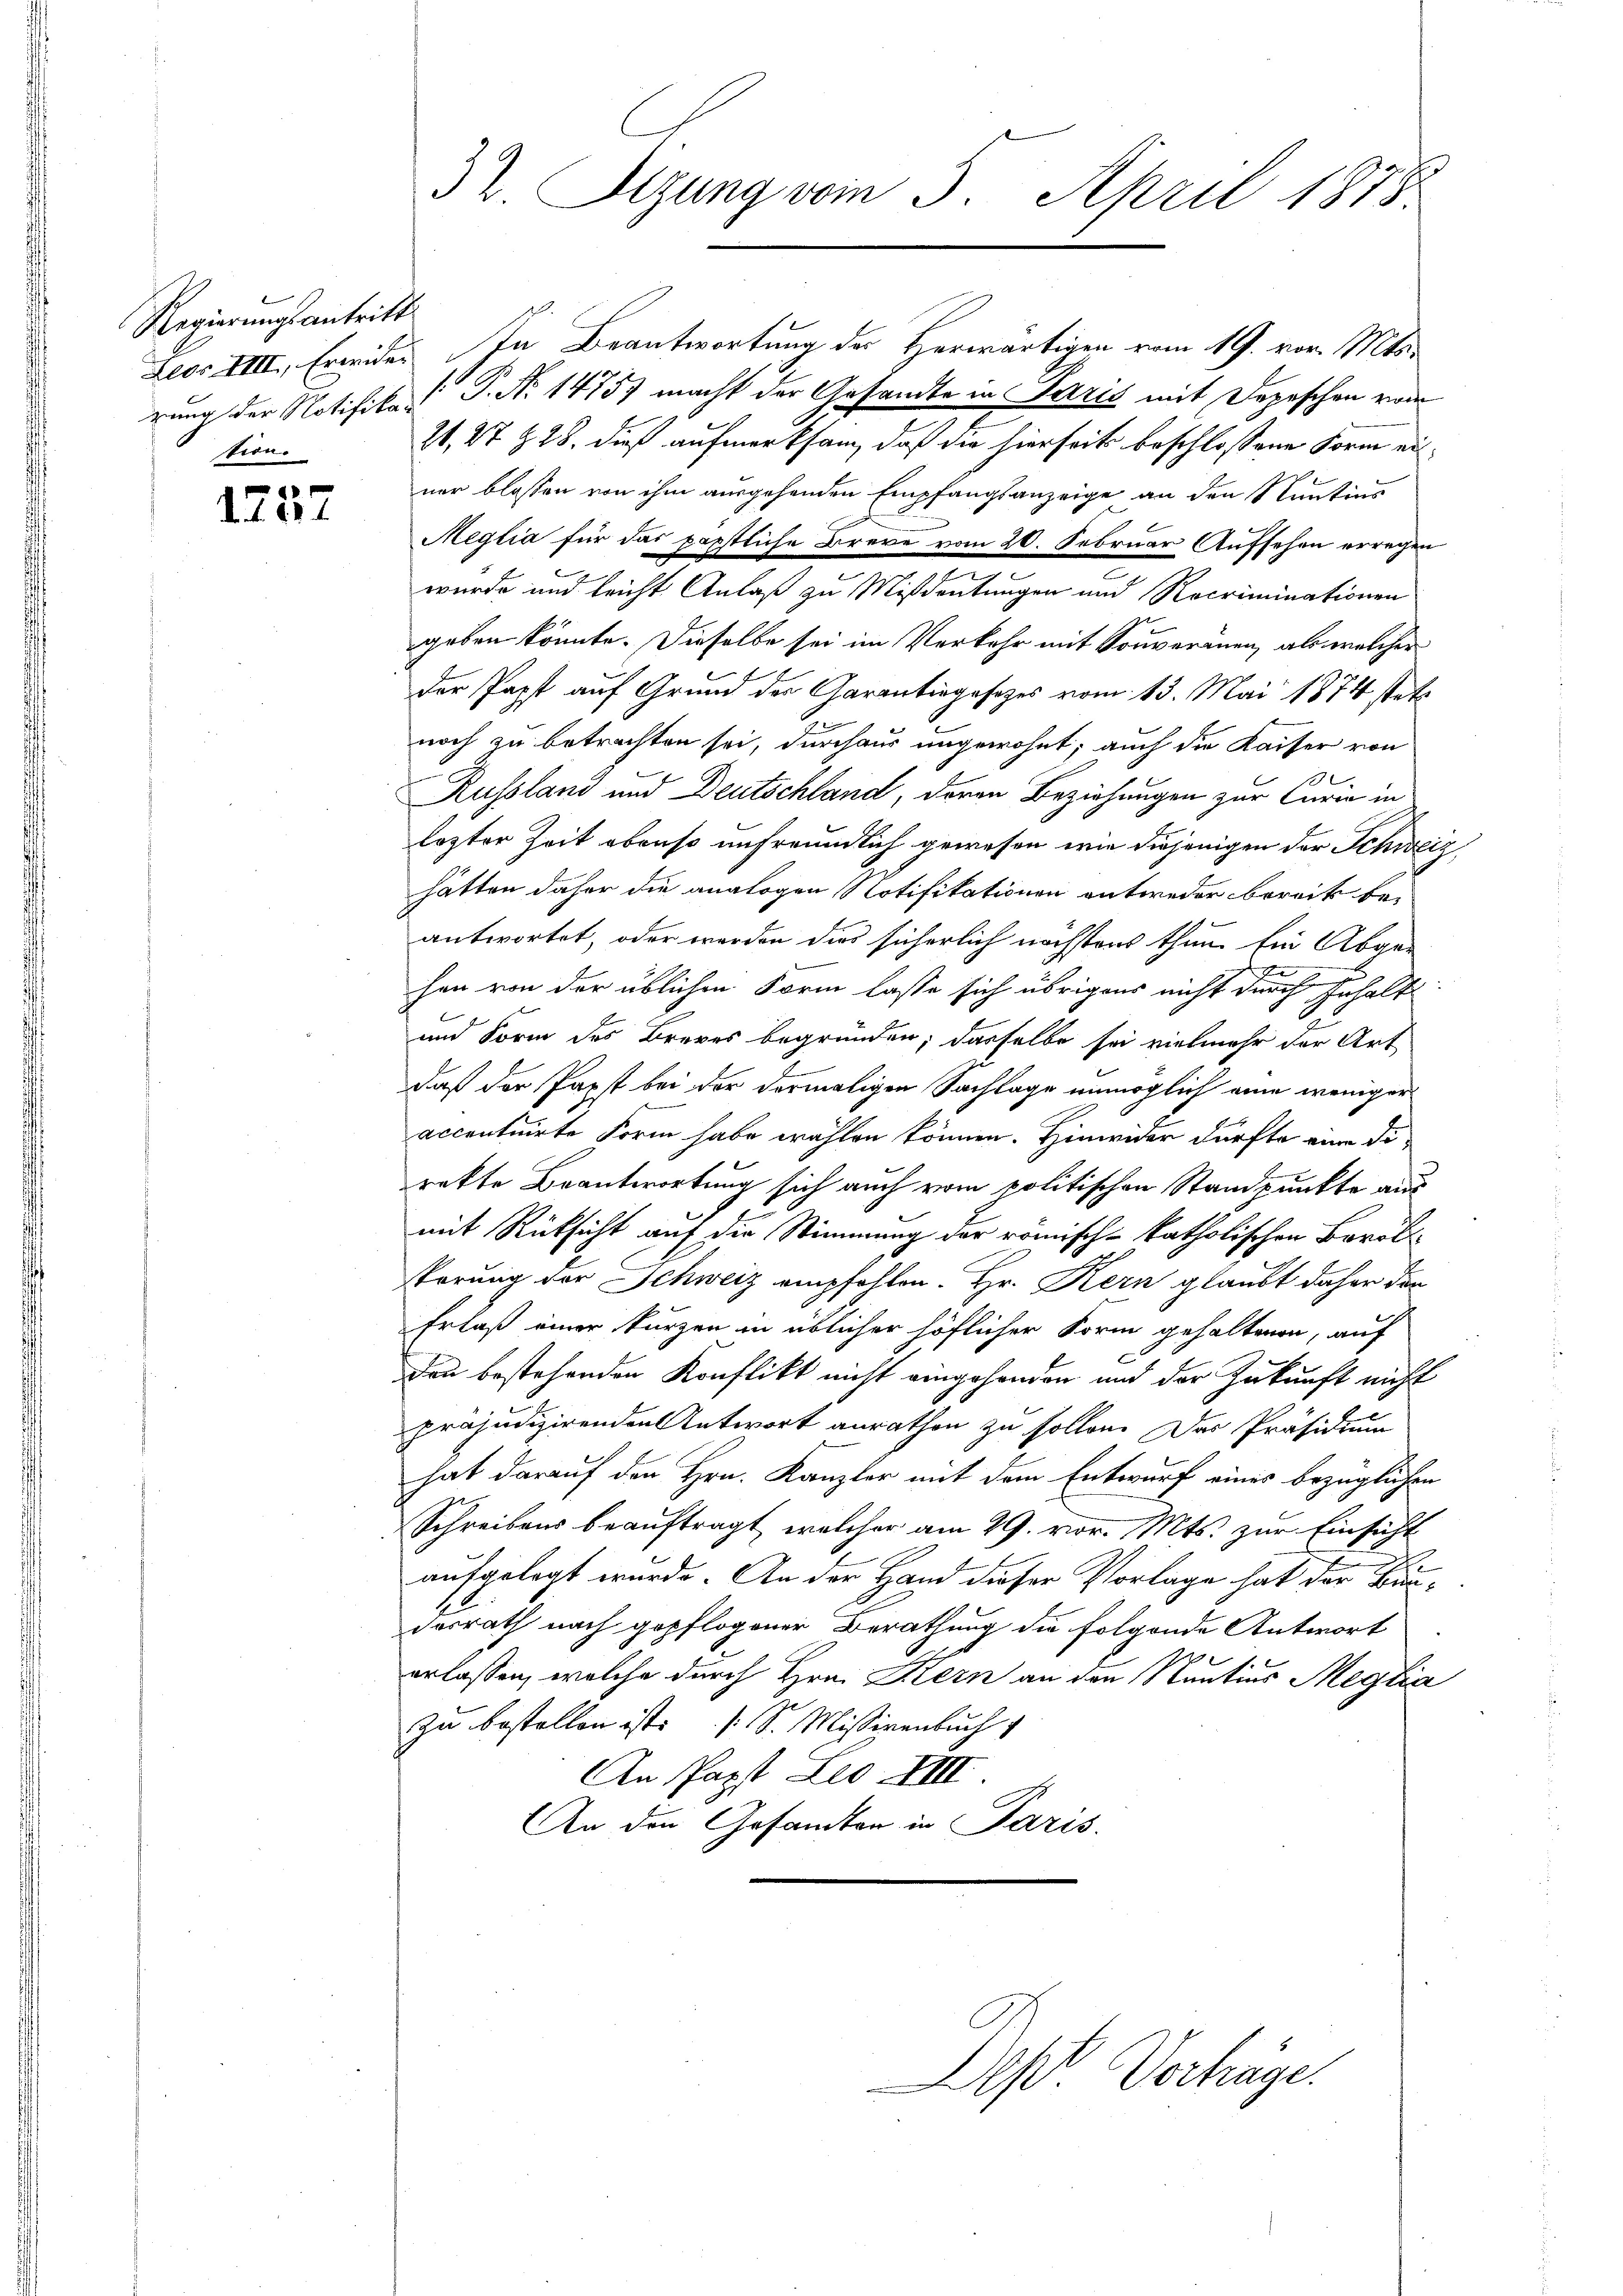
Regierungsantritt.
tion.

1257

32. Sizung vom 5. April 1878.

Leor VIII, Freides In Beantwortung der Herwärtigen vom 19. vor. Mts.
rung der Notifikat P. Nr. 1475) macht der Gesandte in Paris mit Depeschen von
21, 27 § 28. dieß aufmerksam, daß die hierseits beschlossene Form einer blossen von ihm ausgehenden Empfangsanzeige an den Sentins
Meglia für das päpstliche Breve vom 20. Februar Aufsehen erregen
wurde und leicht Anlaß zu Mißdeutungen und Rocriminationen
geben könnte. Dieselbe sei im Verkehr mit Souveranen, als welcher
der Papst auf Grund der Garantingesezes vom 13. Mai 1874 stets
noch zu betrachten sei, durchaus ungewohnt; auch die Kaiser von
7
Russland und Deutschland, deren Beziehungen zur Curia in
lezter Zeit obenso unfreundlich gewesen, wie diejenigen der Schweiz
hätten daher die analogen Notifikationen entweder bereck beantwortet, oder werden dies sicherlich nächstens thun ein Abge-
hen von der üblichen Form lasse sich übrigens nicht durch Inhalt
und Form des Breves begründen; dasselbe sei vielmehr der Art
daß der Papst bei der dermaligen Sachlage unmöglich eine weniger
accentuirte Form habe wählen können. Hinwider dürfte eine Dirakte Beantwortung sich auch vom politischen Standpunkte aus
mit Rücksicht auf die Stimmung der römische katholischen Barol
körung der Schweiz empfohlen. Hr. Kern glaubt daher der
Erlaß einer kurzen in üblicher höflicher Form gehaltenen, auf
.
den bestehenden Konflikt nicht eingehenden und der Zukunft nicht
präjudizirenden Antwort anrathen zu sollen. Das Präsidium
hat darauf den Hrn. Kanzler mit dem Entwurf eines bezüglichen
Schreibens beauftragt, welcher am 29. vor. Mts. zur Einsicht
t
aufgelegt wurde. An der Hand dieser Vorlage hat der Bardesrath nach gepflogener Berathung die folgende Antwort
erlassen, welche durch Hrn. Kern an den Nantius Meglia
zu bestellen ist. S. Missivenbuch
An Papst Leo XIII
An den Gesandten in Paris.

Dep. Verhäge.